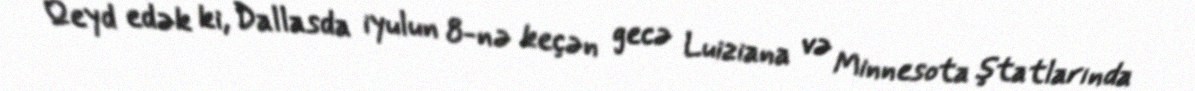
Qeyd edək ki, Dallasda iyulun 8-nə keçən gecə Luiziana və Minnesota ştatlarında